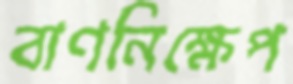
বাণনিক্ষেপ